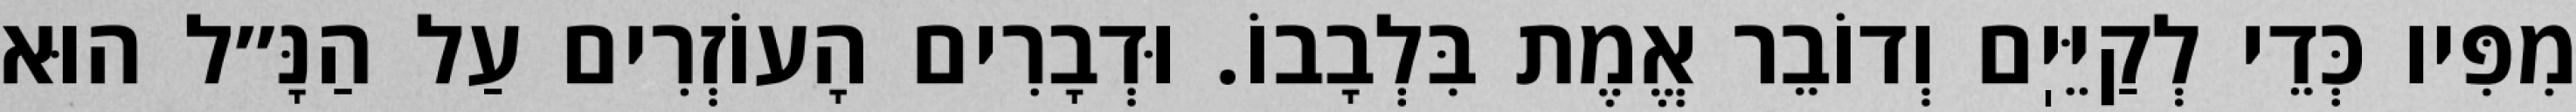
מִפִּיו כְּדֵי לְקַיֵּיֽם וְדוֹבֵר אֱמֶת בִּלְבָבוֹ. וּדְבָרִים הָעוֹזְרִים עַל הַנָּ״ל הוּא